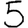
Digit: 5